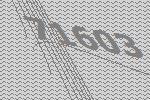
71603